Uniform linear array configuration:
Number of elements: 32
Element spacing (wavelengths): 1
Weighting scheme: uniform
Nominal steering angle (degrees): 15
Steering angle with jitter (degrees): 13.567
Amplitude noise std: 0.05
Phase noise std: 0.05

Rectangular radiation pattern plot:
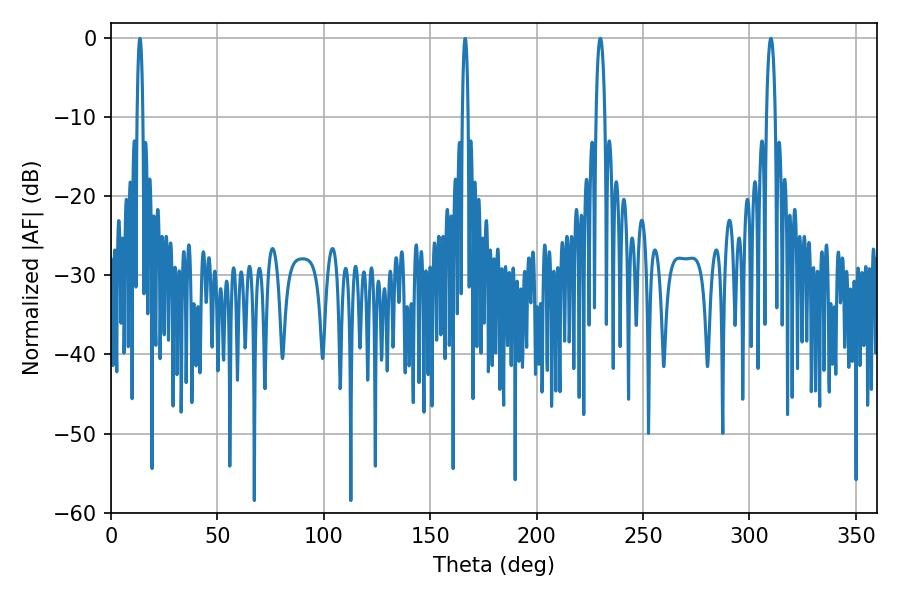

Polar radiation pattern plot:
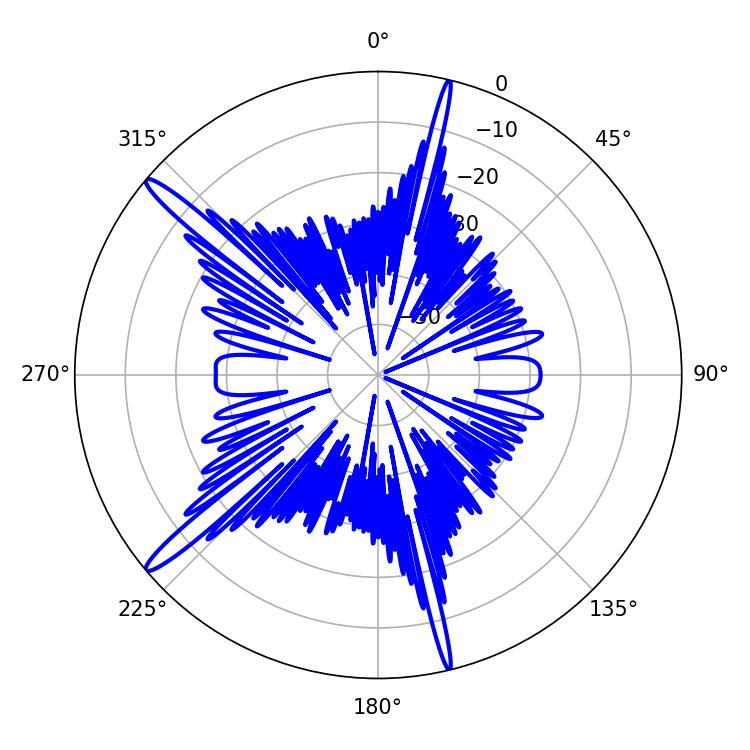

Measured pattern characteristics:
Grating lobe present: TRUE
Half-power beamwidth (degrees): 2.34
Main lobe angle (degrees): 310.14